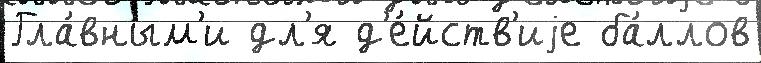
Гла́вным'и дл'я д'е́йств'иjе ба́ллов